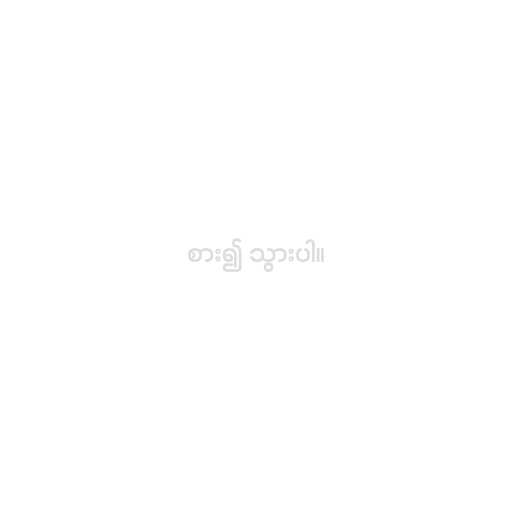
စား၍ သွားပါ။